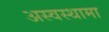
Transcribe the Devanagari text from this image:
अस्वस्थामा